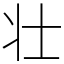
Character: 壮